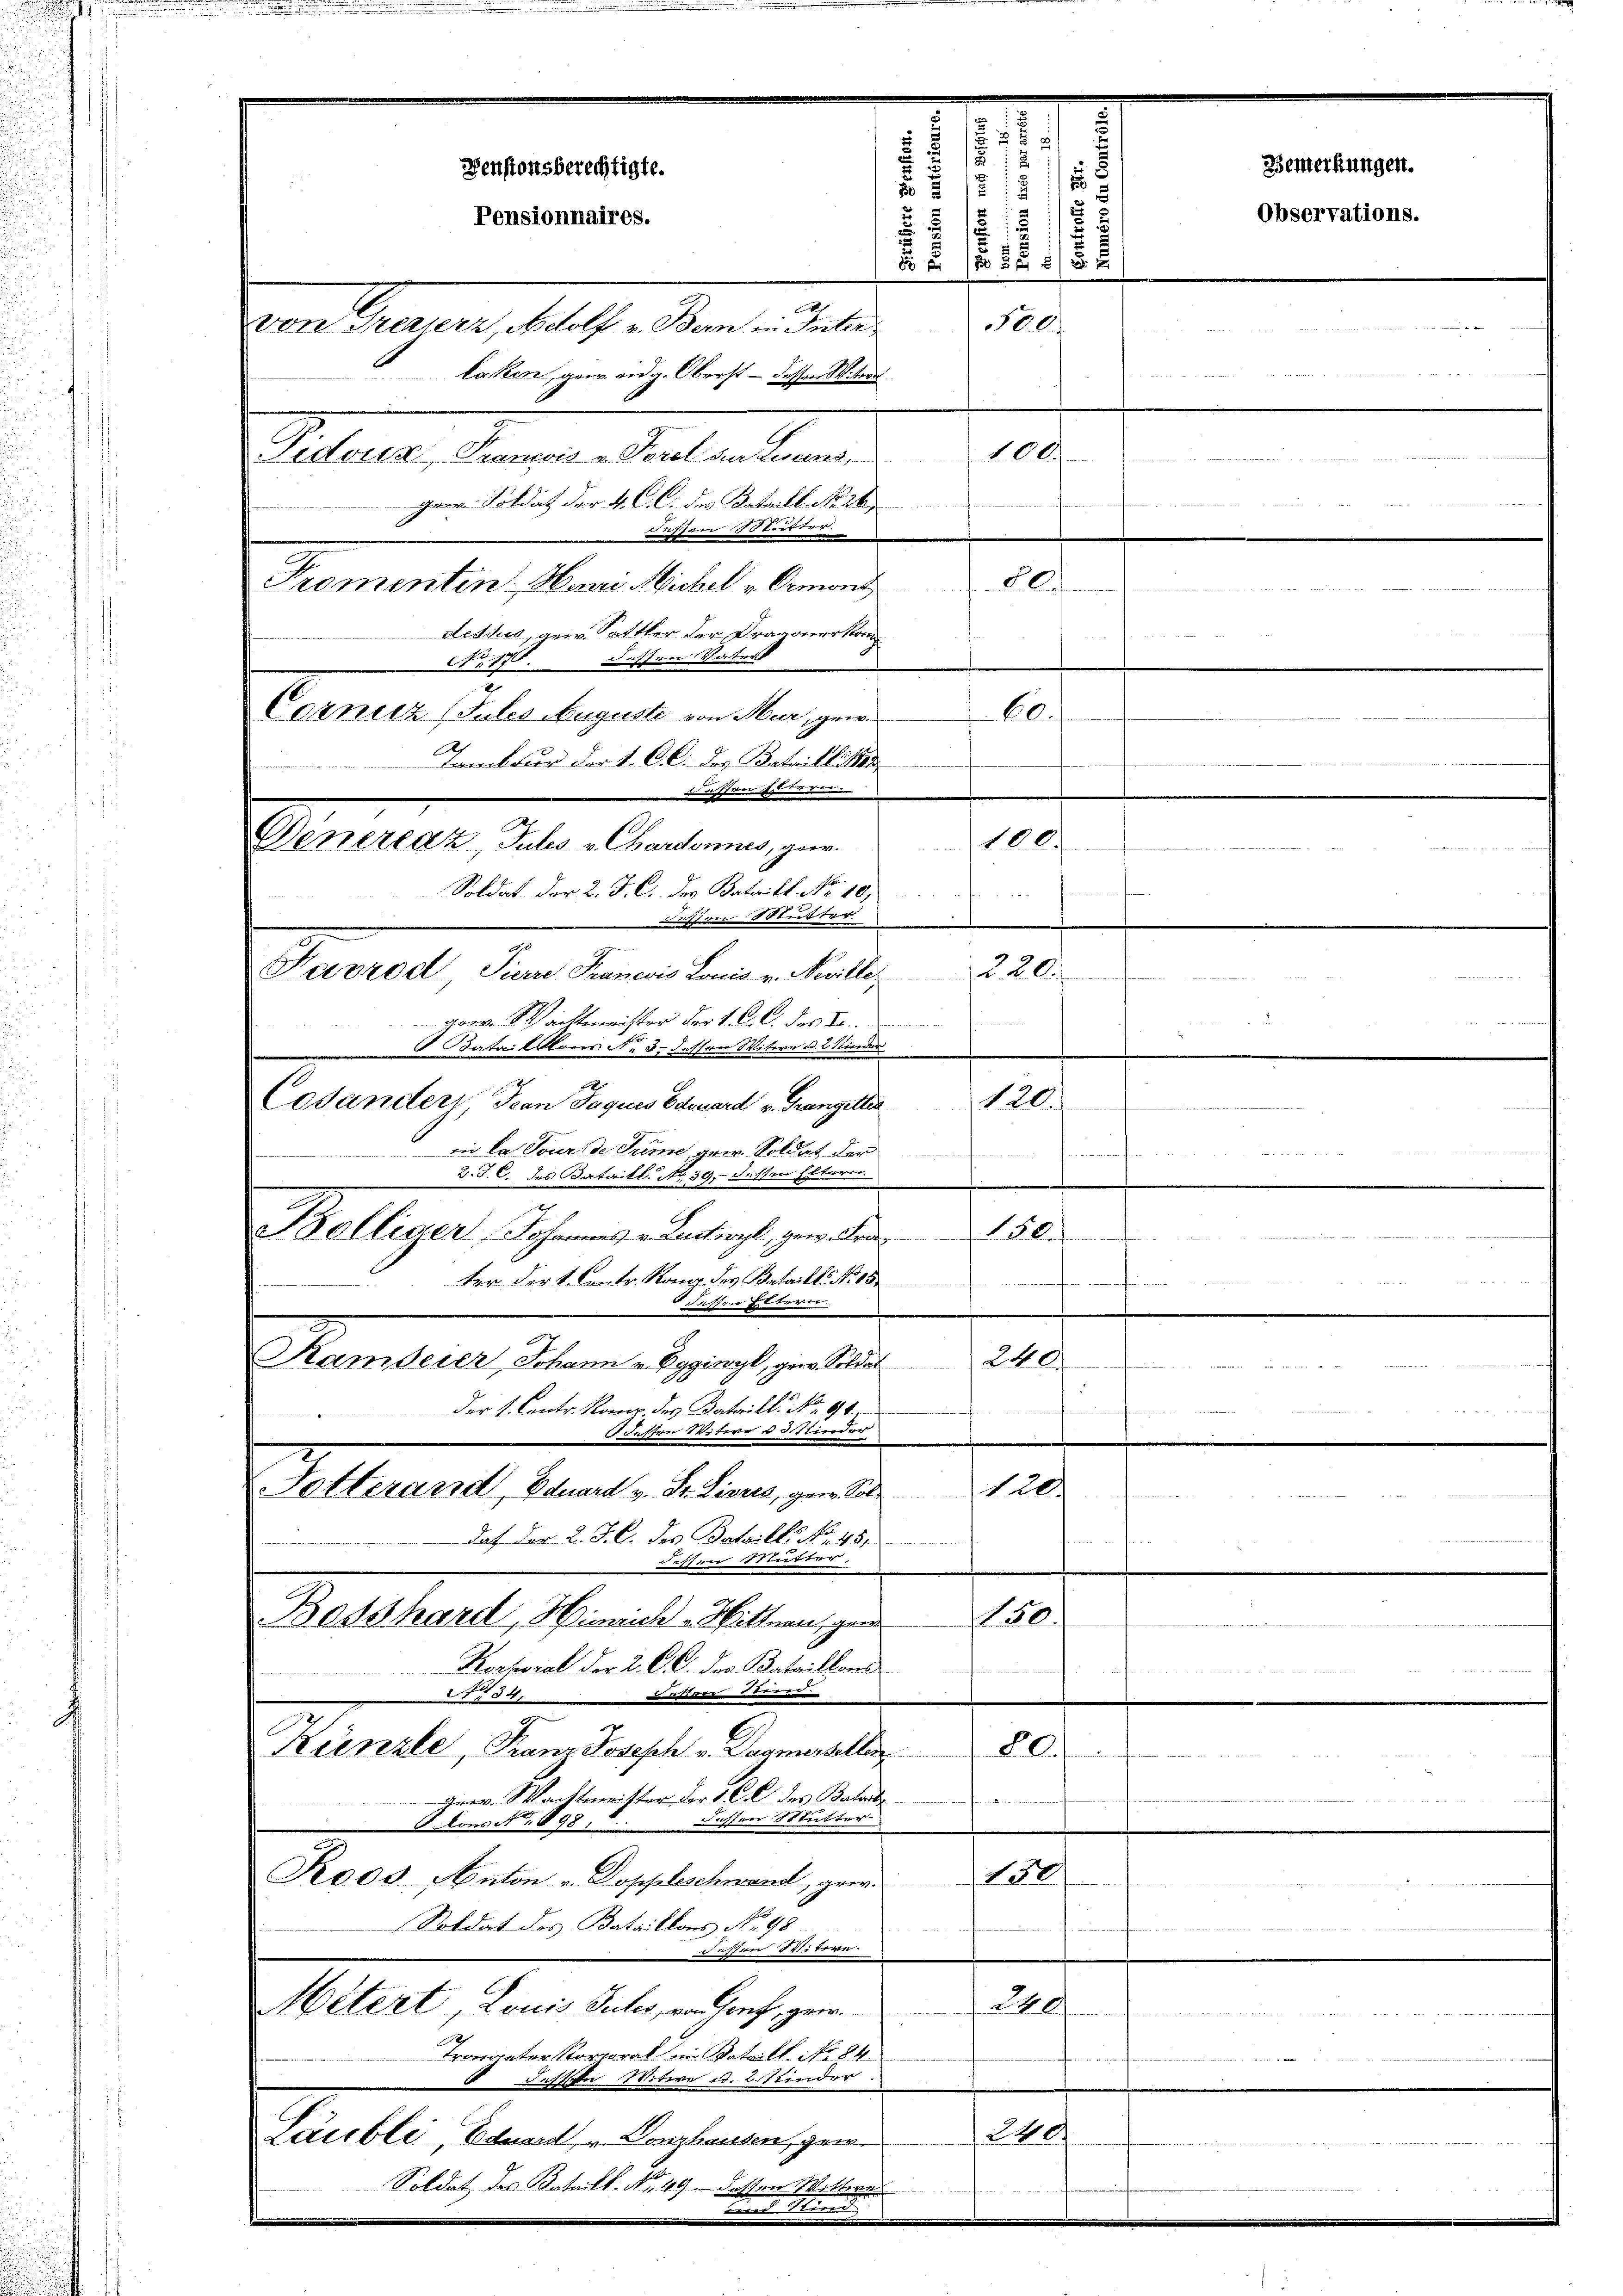
1

E
i
.
Denstonsberechtigte.
8
185
u B
12
Pensionnaires.
8 x 135/3 x
500
von Treuerz, Adolf v. Bern in Inter
.
laken, gewand g. Oberst – dessen Witwe
100
Pidous, Francois u. Porel an Lucens,
Ger. Soldat der 4. C. C. des Bataill. No 26.
 875 und Dr

Fl.
Promenten. Henri Michel v. Ormont
Aetheit, geir. Sattler der Dragonerkan
grave Machtmeister der 1. C. C. des S
Bataillons N. 3. dessen Miter u. 2 Kinder
Cesander Jean Jnquis Edouard v. Grangelten
i la Tour de Sume gew. Soldat der
2. J. C. des Bataill. No. 39, dessen Elteren
150
Bolliger Johannes v. Luctwyl, gew. Fris
t
ter der L. Contr. Kong. des Bataillo No 15.
 auf
 dessen Eltern
e
Kanderer, Johann u. ging, gen. Soldat 240
Der L. Contr. Komp. des Bataill. No. 91.
 diesen Weitere Befinder
120.
Totterand, Eduard v. Fr. Livres, gen. Sol
daf der 2. J. C. des Bataill. No. 451
77  17 t 8br
0
Basshard, Hinrich - Hittnau, ger
Kerhoral der 2. C. C. des Bataillons
784 de
E.
Kinzle Franz Joseph v. Sagmessellen
80.
 Machtmeister der 1. C. C. des Katal
äussere Stutter
8. lons No. 898.
150
Roos Anton u. Doppleschwand, geer
Soldat des Bataillons No. 98
Mieten.
240
Mitert, Louis Julis, vorauf, ger
Trongeter Korporal in Vateilt. No 84.
das Mitere d. 2. Kinder
240.
Laubli, Eduard, u. Longhausen, gewe
Soldat des Katalt. No. 49. Dassen Mitte

Ao 17. dassen Vaters
2
Cornitz (Jules Auguste von Mur, gew
Tambour der L. C. C. des Batailli
1
Deneraz, Julis u. Chardonnes, geer
Soldat der 2. J. C. des Bataill No 10.
am erste
Kavrod, Pierre Francois Louis v. Neville.

60.
100.
220.
120.

,

Observations.

Bemerkungen.